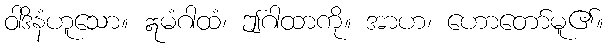
ဝါဒိနံဟူသော။ ဣမံဂါထံ၊ ဤဂါထာကို။ အာဟ၊ ဟောတော်မူ၏။